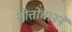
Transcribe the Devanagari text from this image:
तोत्तोचानने